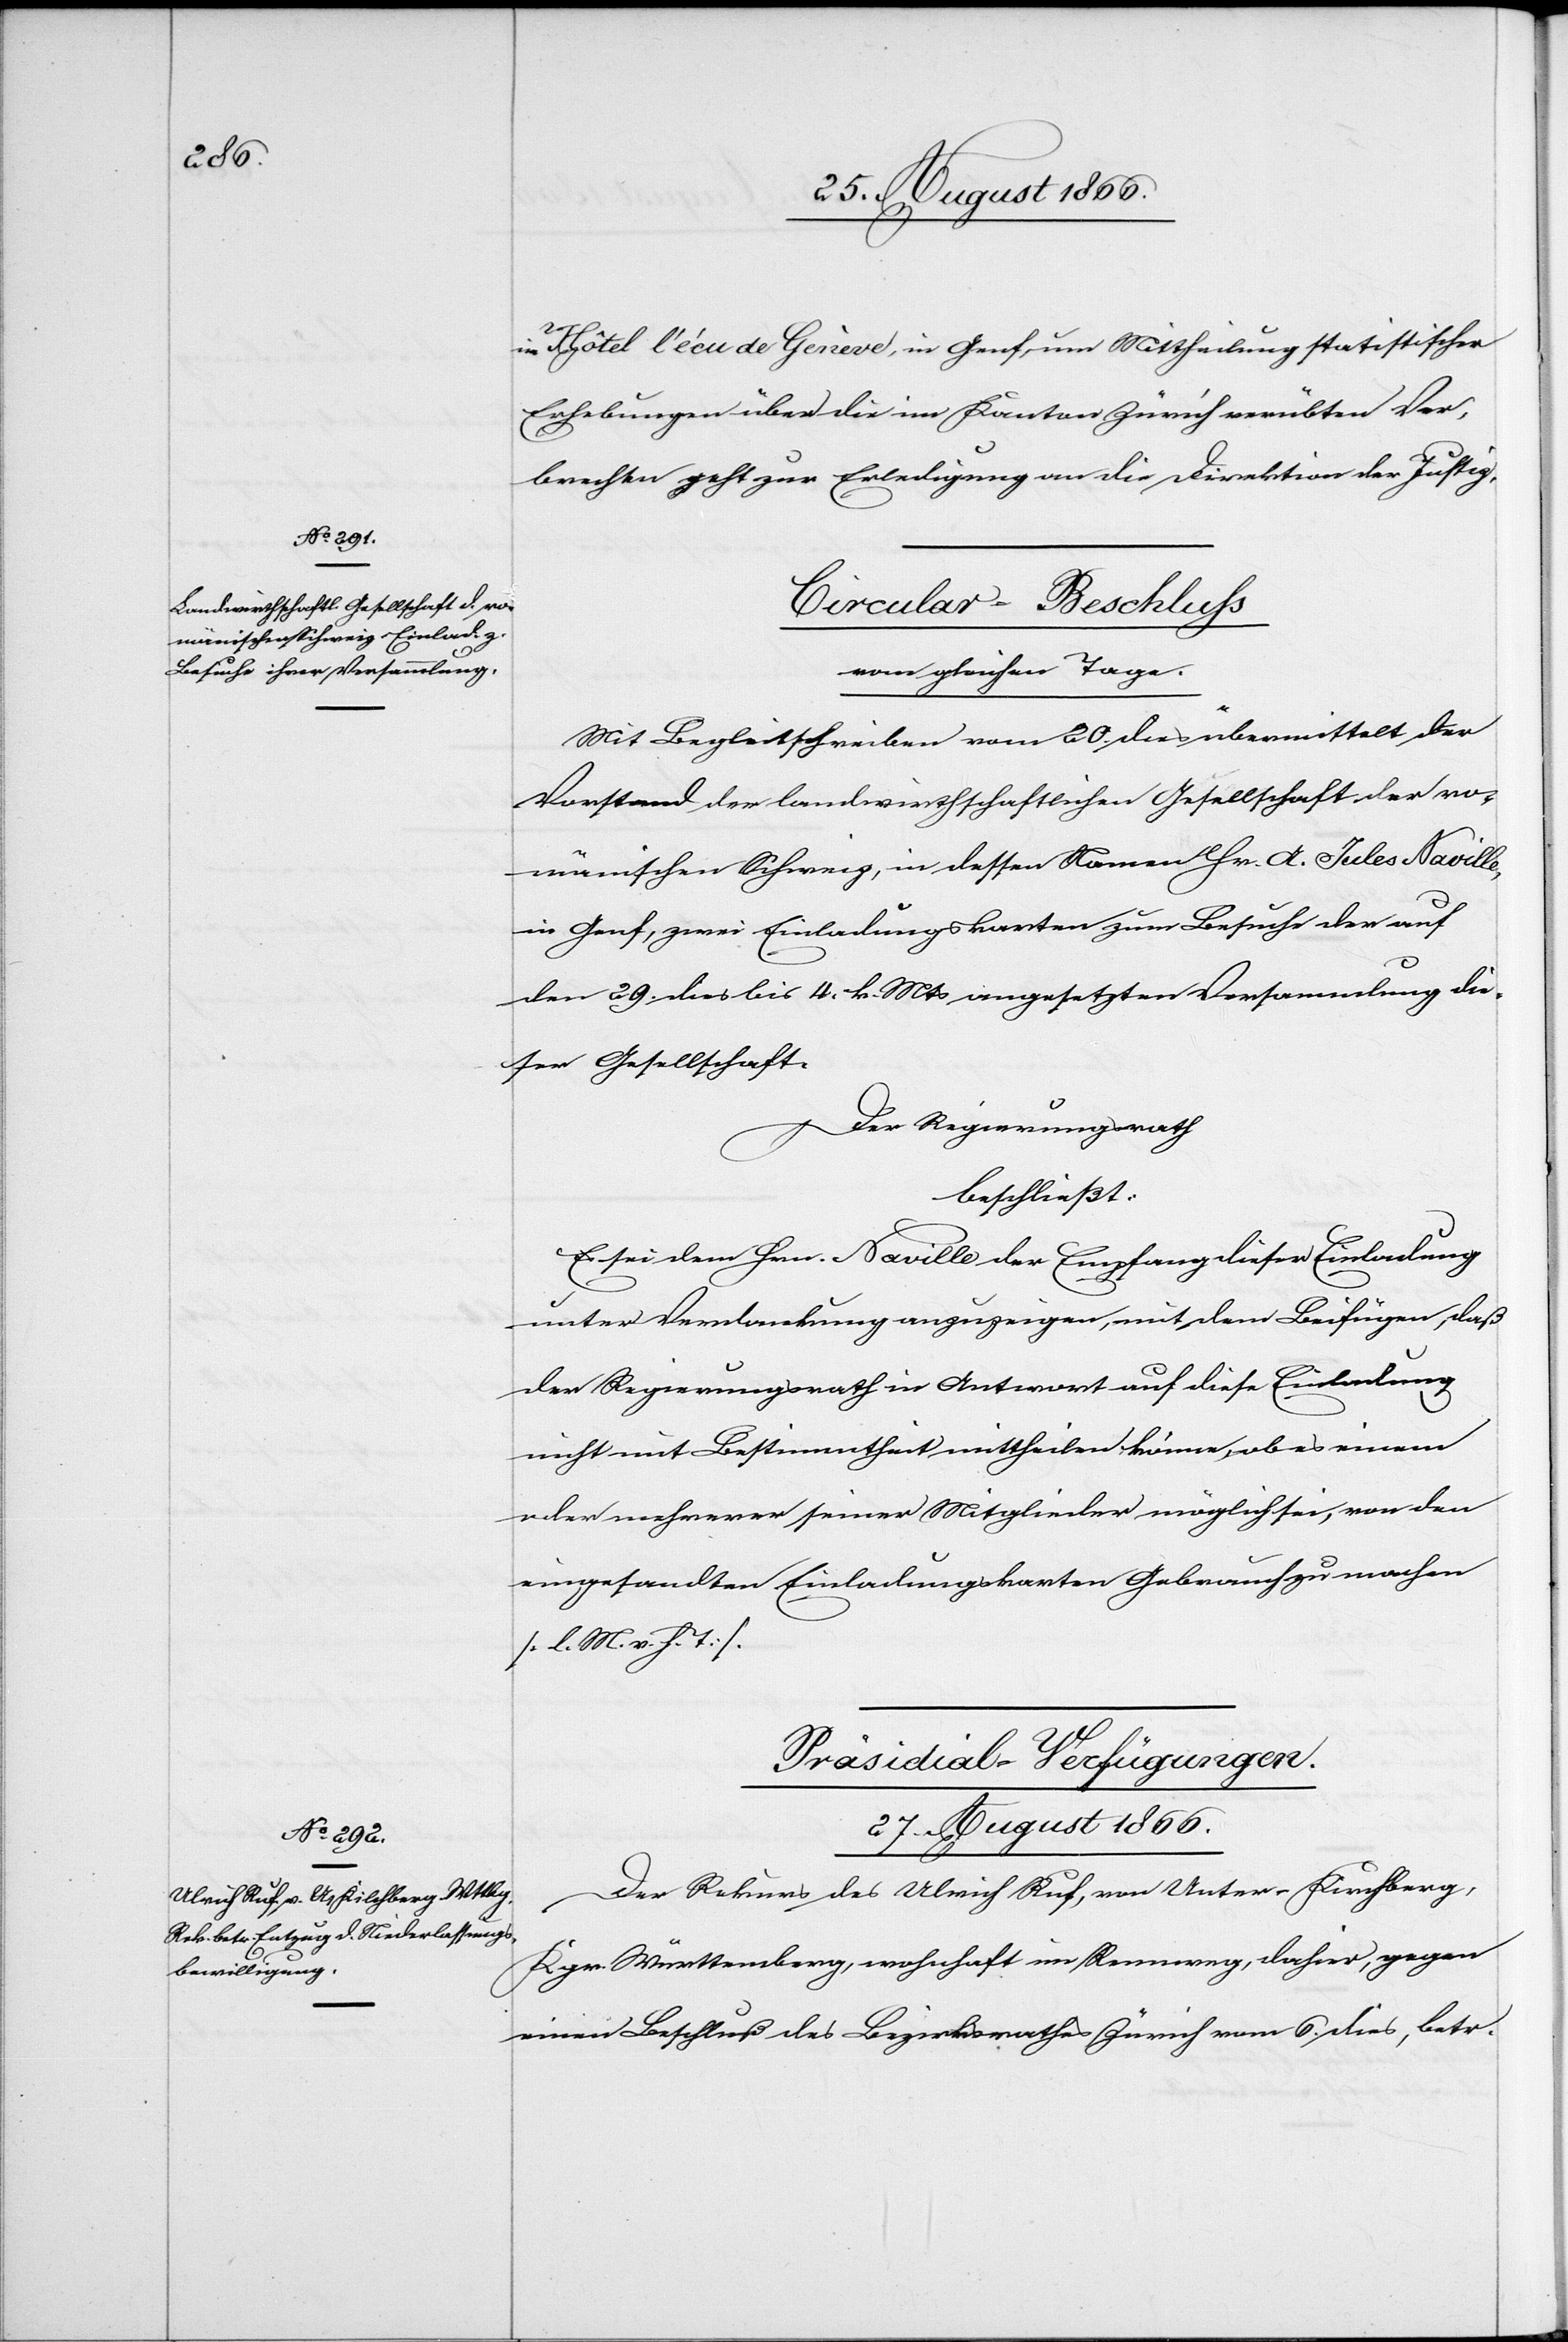
im Hôtel l’écu de Genève, in Genf, um Mittheilung statistischer
Erhebungen über die im Kanton Zürich verübten Ver¬
brechen geht zur Erledigung an die Direktion der Justiz.
Circular-Beschluß
vom gleichen Tage
Mit Begleitschreiben vom 20. dies übermittelt der
Vorstand der landwirthschaftlichen Gesellschaft der ro¬
mänischen Schweiz, in dessen Namen Hr. A. Jule Naville,
in Genf, zwei Einladungskarten zum Besuche der auf
den 29. dies bis 4. k. Mts. angesetzten Versammlung die¬
ser Gesellschaft.
Der Regierungsrath,
beschließt:
Es sei dem Hrn. Naville der Empfang dieser Einladung
unter Verdankung anzuzeigen, mit dem Beifügen, daß
der Regierungsrath in Antwort auf diese Einladung
nicht mit Bestimmtheit mittheilen könne, ob es einem
oder mehreren seiner Mitglieder möglich sei, von den
eingesandten Einladungskarten Gebrauch zu machen
[l. M. v. h. T.].
Präsidial-Verfügungen.
27. August 1866.
Der Rekurs des Ulrich Ruf, von Unter-Kirchberg,
Kgr. Württemberg, wohnhaft im Rennweg, dahier, gegen
einen Beschluß des Bezirksrathes Zürich vom 6. dies, betr.